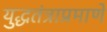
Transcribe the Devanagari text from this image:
युद्धतंत्राप्रमाणे